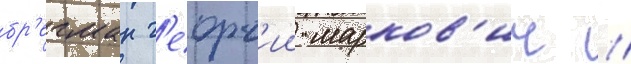
бр'егман г'еорг'ии марков'ич //